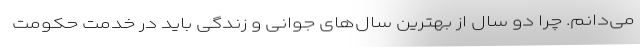
می‌دانم. چرا دو سال از بهترین سال‌های جوانی و زندگی باید در خدمت حکومت